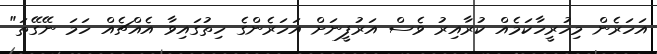
އަހަރެން މިހުރީހާކަމެއް ކުރާއިރު ވެސް އަރުފީނަށް އަހަރެންގެ ހިތުގައިވާ އެއްޗެއް ހަމަ ނޭގޭތަ"